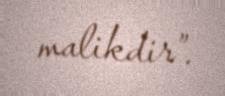
malikdir”.